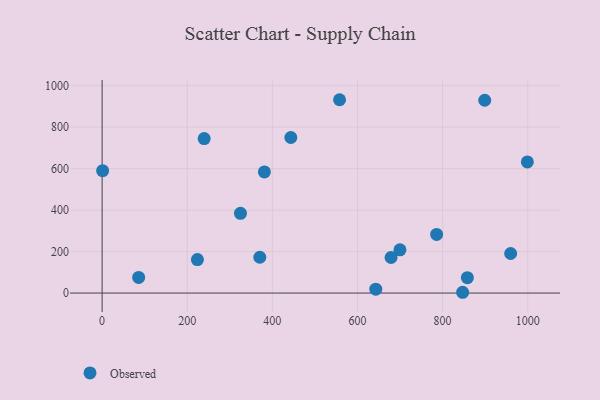
{"axis": {"x": "Ad Spend", "y": "Exam Score"}, "legend": ["Observed"], "data": [{"x": "85.9", "y": 75.2, "type": "Observed"}, {"x": "786.0", "y": 282.6, "type": "Observed"}, {"x": "699.8", "y": 208.5, "type": "Observed"}, {"x": "999.2", "y": 632.3, "type": "Observed"}, {"x": "847.1", "y": 3.8, "type": "Observed"}, {"x": "678.9", "y": 171.6, "type": "Observed"}, {"x": "443.4", "y": 750.2, "type": "Observed"}, {"x": "858.2", "y": 74.4, "type": "Observed"}, {"x": "223.9", "y": 161.6, "type": "Observed"}, {"x": "643.0", "y": 18.6, "type": "Observed"}, {"x": "899.0", "y": 929.8, "type": "Observed"}, {"x": "370.5", "y": 172.7, "type": "Observed"}, {"x": "1.2", "y": 590.2, "type": "Observed"}, {"x": "959.9", "y": 190.8, "type": "Observed"}, {"x": "381.3", "y": 584.2, "type": "Observed"}, {"x": "557.9", "y": 932.3, "type": "Observed"}, {"x": "325.1", "y": 384.3, "type": "Observed"}, {"x": "239.8", "y": 744.8, "type": "Observed"}]}